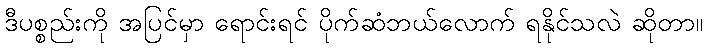
ဒီပစ္စည်းကို အပြင်မှာ ရောင်းရင် ပိုက်ဆံဘယ်လောက် ရနိုင်သလဲ ဆိုတာ။